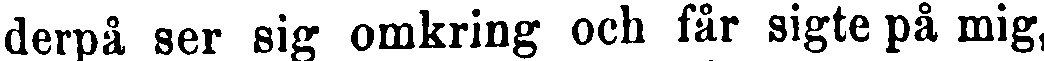
derpå ser sig omkring och får sigte på mig,